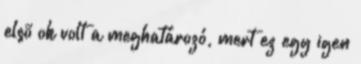
elsõ ok volt a meghatározó, mert ez egy igen